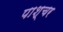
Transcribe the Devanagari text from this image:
पाश्‍चर